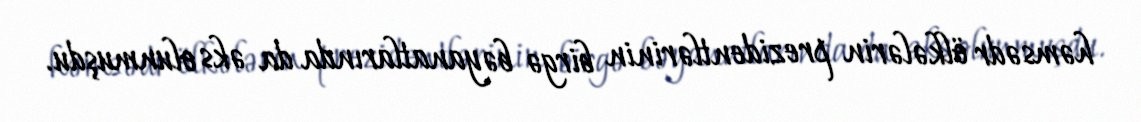
həmsədr ölkələrin prezidentlərinin birgə bəyanatlarında da əks olunmuşdu.